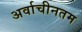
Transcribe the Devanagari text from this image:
अर्वाचीनतम